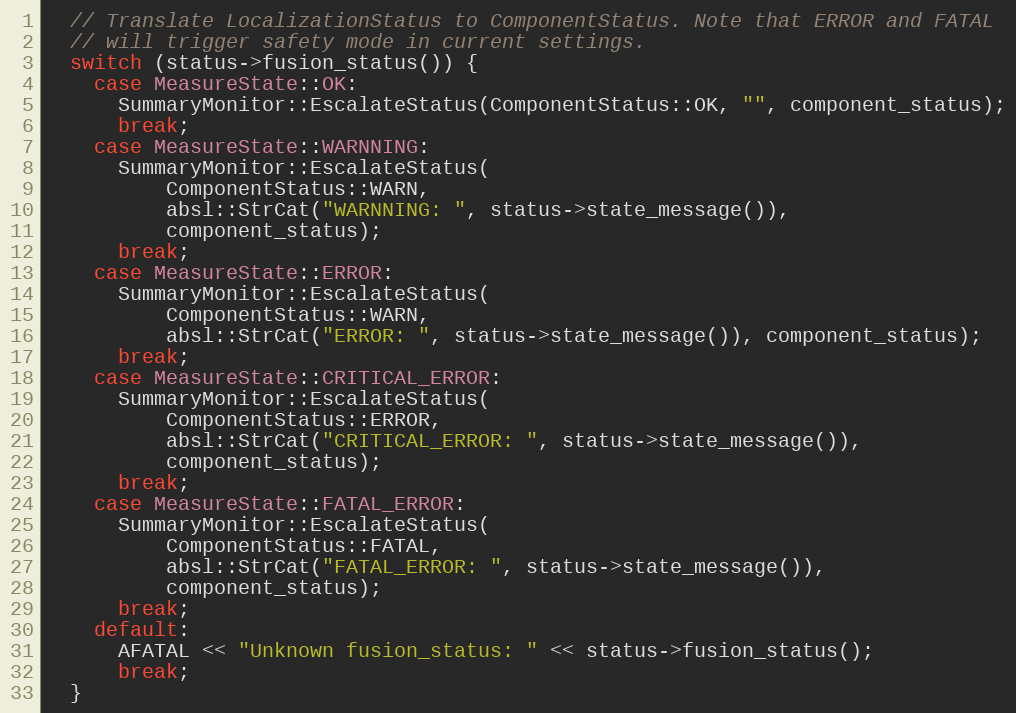
Language: C++
  // Translate LocalizationStatus to ComponentStatus. Note that ERROR and FATAL
  // will trigger safety mode in current settings.
  switch (status->fusion_status()) {
    case MeasureState::OK:
      SummaryMonitor::EscalateStatus(ComponentStatus::OK, "", component_status);
      break;
    case MeasureState::WARNNING:
      SummaryMonitor::EscalateStatus(
          ComponentStatus::WARN,
          absl::StrCat("WARNNING: ", status->state_message()),
          component_status);
      break;
    case MeasureState::ERROR:
      SummaryMonitor::EscalateStatus(
          ComponentStatus::WARN,
          absl::StrCat("ERROR: ", status->state_message()), component_status);
      break;
    case MeasureState::CRITICAL_ERROR:
      SummaryMonitor::EscalateStatus(
          ComponentStatus::ERROR,
          absl::StrCat("CRITICAL_ERROR: ", status->state_message()),
          component_status);
      break;
    case MeasureState::FATAL_ERROR:
      SummaryMonitor::EscalateStatus(
          ComponentStatus::FATAL,
          absl::StrCat("FATAL_ERROR: ", status->state_message()),
          component_status);
      break;
    default:
      AFATAL << "Unknown fusion_status: " << status->fusion_status();
      break;
  }